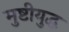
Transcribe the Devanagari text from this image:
मुष्टीयुद्ध